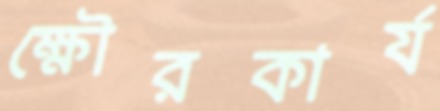
ক্ষৌরকার্য